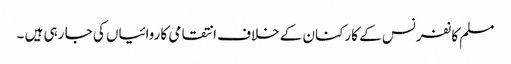
مسلم کانفرنس کے کارکنان کے خلاف انتقامی کاروائیاں کی جا رہی ہیں ۔